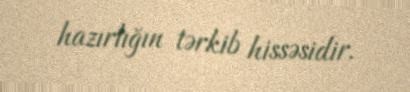
hazırlığın tərkib hissəsidir.